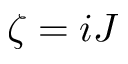
\zeta = i J